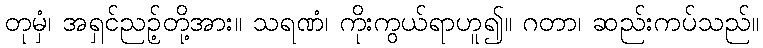
တုမှံ၊ အရှင်ညဉ့်တို့အား။ သရဏံ၊ ကိုးကွယ်ရာဟူ၍။ ဂတာ၊ ဆည်းကပ်သည်။